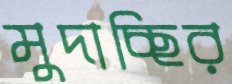
মুদাচ্ছির